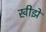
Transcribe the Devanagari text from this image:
खीझे